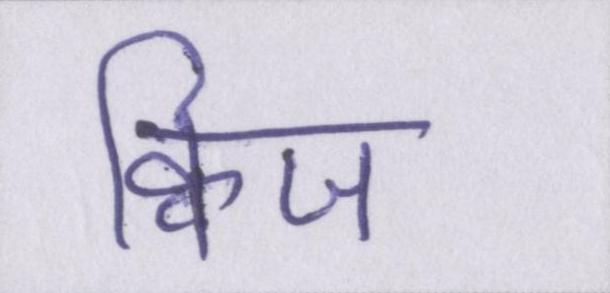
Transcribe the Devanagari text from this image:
क्विज